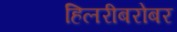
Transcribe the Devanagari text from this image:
हिलरीबरोबर